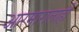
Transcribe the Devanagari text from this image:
आरमारालाही